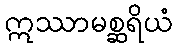
ဣဿာမစ္ဆရိယံ